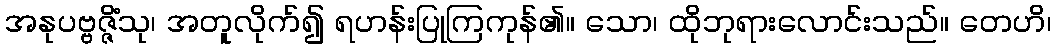
အနုပဗ္ဗဇ္ဇိံသု၊ အတူလိုက်၍ ရဟန်းပြုကြကုန်၏။ သော၊ ထိုဘုရားလောင်းသည်။ တေဟိ၊